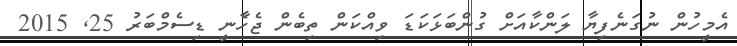
އެމީހުން ނުގަނެފިޔާ ލަންކާއަށް ގުންބަޅަކަޑަ ވިއްކަން ތިބެން ޖެހާެނީ ޑިސެމްބަރު 25